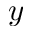
y